Annual administration report of the Civil Veterinary Department of India - 1895-1896
Year: 1895
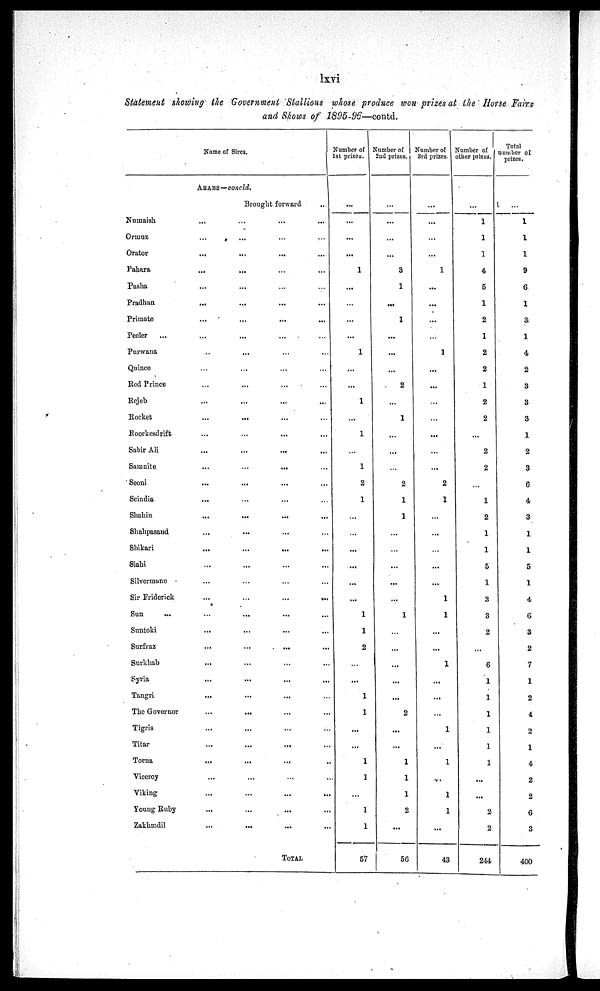
lxvi
Statement showing the Government Stallions whose produce won prizes at the Horse Fairs
and Shows of 1895-96—contd.
Name of Sires.
ARABS—concld.
Brought forward .. ....
Numaish
...
...
...
...
Ormuz ... ... ... ...
Orator...
...
...
...
Pahara
...
... ... ...
Pasha ... ... ... ...
Pradhan
...
...
... ...
Primate
...
...
......
Peeler
...
...
... ...
Purwana
...
... ... ...
Quince
...
...... ...
Red Prince
...
...
... ...
Rejeb
...
...
......
Rocket
...
...
...
Roorkesdrift
...
...
...
...
Sabir
Ali
...
...
...
...
Samnite...
...
... ...
Seoni...
...
... ...
Scindia
...
...
...
Shahin
...
...
...
...
Shahpasand
...
...
... ...
Shikari
...
...
...
...
Siahi
...
...
...
...
Silvermane ... ... ... ...
Sir Friderick
...
...
...
...
Sun
...
...
...
...
Suntoki
...
...
...
...
Surfraz
...
...
...
...
Surkhab
... ... ... ...
Syria...
...
...
...
Tangri...
...
...
The Governor
...
...
......
Tigris
...
... ... ...
Titar...
...
... ...
Torna...
...
...
...
...
Viceroy...
...... ...
Viking...
.........
Young Ruby...
...
...
...
Zakhmdil
...
...
...
...
TOTAL
Number of
1st, prizes.
...
...
...
...
1
...
...
...
...
1
...
...
1
...
1
...
1
2
1
...
...
...
...
...
...
1
1
2
...
...
1
1
...
...
1
1
...
1
1
57
Number of
2nd prizes.
...
...
...
...
3
1
...
1
...
...
...
2
...
1
...
...
2
1
1
...
...
...
...
...
1
...
...
...
...
...
2
...
...
1
1
1
2
...
56
Number of
3rd prizes.
...
...
...
...
1
...
...
...
...
1
...
...
...
...
...
...
...
2
1
...
...
...
...
...
1
1
...
...
1
...
...
...
1
...
1
..
1
1
...
43
Number of
other prizes.
...
1
1
1
4
5
1
2
1
2
2
1
2
2
...
2
2
1
2
1
1
5
1
3
3
2
...
6
1
1
1
1
1
1
...
...
2
2
244
Total
number of
prizes.
...
1
1
1
9
6
1
3
1
4
2
3
3
3
1
2
3
6
4
3
1
1
5
1
4
6
3
2
7
1
2
4
2
1
4
2
2
6
3
400